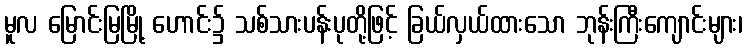
မူလ မြောင်းမြမြို့ ဟောင်း၌ သစ်သားပန်းပုတို့ဖြင့် ခြယ်လှယ်ထားသော ဘုန်းကြီးကျောင်းများ၊